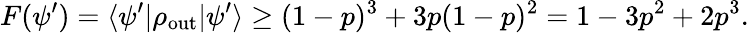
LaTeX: F(\psi^{\prime})=\langle\psi^{\prime}\vert\rho_{\operatorname{out}}\vert\psi^{\prime}\rangle\geq(1-p)^{3}+3p(1-p)^{2}=1-3p^{2}+2p^{3}.